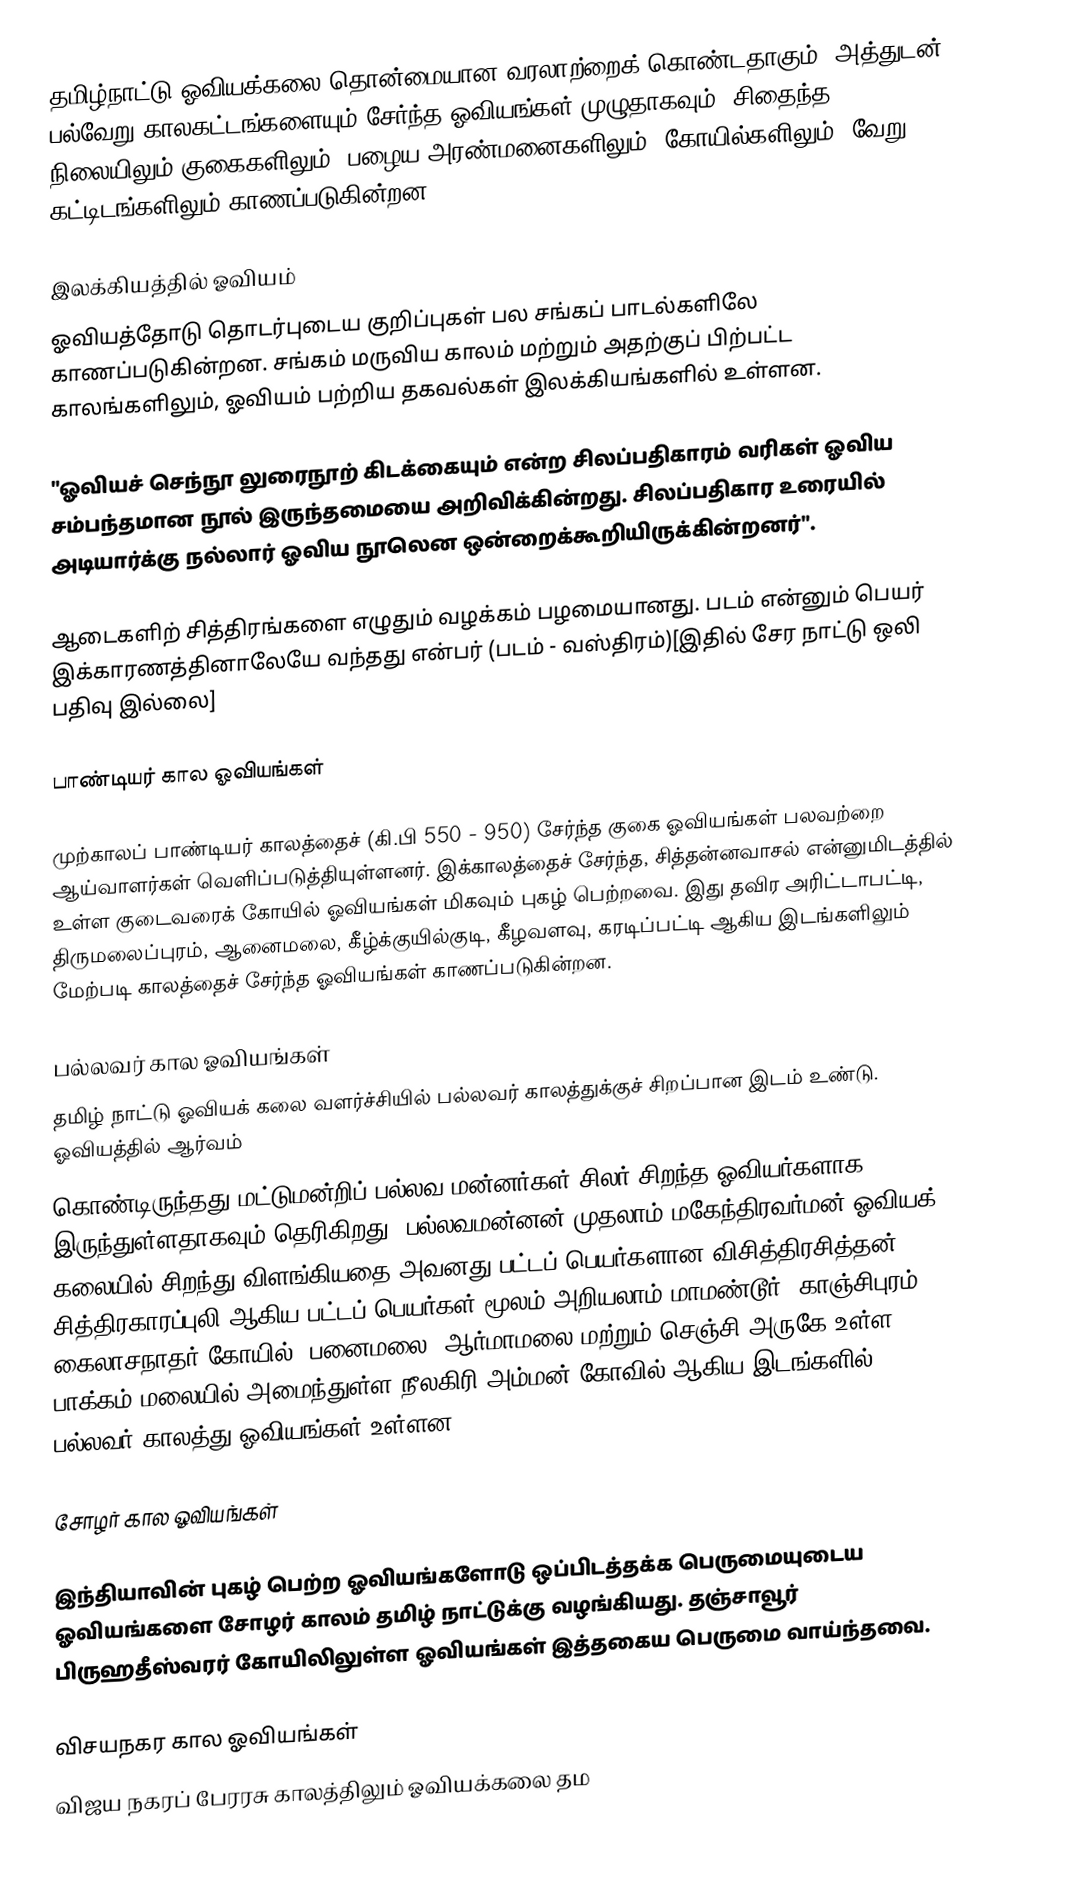
தமிழ்நாட்டு ஓவியக்கலை தொன்மையான வரலாற்றைக் கொண்டதாகும். அத்துடன் பல்வேறு காலகட்டங்களையும் சேர்ந்த ஓவியங்கள் முழுதாகவும், சிதைந்த நிலையிலும் குகைகளிலும், பழைய அரண்மனைகளிலும், கோயில்களிலும், வேறு கட்டிடங்களிலும் காணப்படுகின்றன.

இலக்கியத்தில் ஓவியம்
ஓவியத்தோடு தொடர்புடைய குறிப்புகள் பல சங்கப் பாடல்களிலே காணப்படுகின்றன. சங்கம் மருவிய காலம் மற்றும் அதற்குப் பிற்பட்ட காலங்களிலும், ஓவியம் பற்றிய தகவல்கள் இலக்கியங்களில் உள்ளன.

"ஓவியச் செந்நூ லுரைநூற் கிடக்கையும் என்ற சிலப்பதிகாரம் வரிகள் ஓவிய சம்பந்தமான நூல் இருந்தமையை அறிவிக்கின்றது. சிலப்பதிகார உரையில் அடியார்க்கு நல்லார் ஓவிய நூலென ஒன்றைக்கூறியிருக்கின்றனர்".

ஆடைகளிற் சித்திரங்களை எழுதும் வழக்கம் பழமையானது. படம் என்னும் பெயர் இக்காரணத்தினாலேயே வந்தது என்பர் (படம் - வஸ்திரம்)[இதில் சேர நாட்டு ஒலி பதிவு இல்லை]

பாண்டியர் கால ஓவியங்கள்

முற்காலப் பாண்டியர் காலத்தைச் (கி.பி 550 - 950) சேர்ந்த குகை ஓவியங்கள் பலவற்றை ஆய்வாளர்கள் வெளிப்படுத்தியுள்ளனர். இக்காலத்தைச் சேர்ந்த, சித்தன்னவாசல் என்னுமிடத்தில் உள்ள குடைவரைக் கோயில் ஓவியங்கள் மிகவும் புகழ் பெற்றவை. இது தவிர அரிட்டாபட்டி, திருமலைப்புரம், ஆனைமலை, கீழ்க்குயில்குடி, கீழவளவு, கரடிப்பட்டி ஆகிய இடங்களிலும் மேற்படி காலத்தைச் சேர்ந்த ஓவியங்கள் காணப்படுகின்றன.

பல்லவர் கால ஓவியங்கள்
தமிழ் நாட்டு ஓவியக் கலை வளர்ச்சியில் பல்லவர் காலத்துக்குச் சிறப்பான இடம் உண்டு. ஓவியத்தில் ஆர்வம்
கொண்டிருந்தது மட்டுமன்றிப் பல்லவ மன்னர்கள் சிலர் சிறந்த ஓவியர்களாக இருந்துள்ளதாகவும் தெரிகிறது. பல்லவமன்னன் முதலாம் மகேந்திரவர்மன் ஓவியக் கலையில் சிறந்து விளங்கியதை அவனது பட்டப் பெயர்களான விசித்திரசித்தன், சித்திரகாரப்புலி ஆகிய பட்டப் பெயர்கள் மூலம் அறியலாம்.மாமண்டூர், காஞ்சிபுரம் கைலாசநாதர் கோயில், பனைமலை, ஆர்மாமலை மற்றும் செஞ்சி அருகே உள்ள பாக்கம் மலையில் அமைந்துள்ள நீலகிரி அம்மன் கோவில் ஆகிய இடங்களில் பல்லவர் காலத்து ஓவியங்கள் உள்ளன.

சோழர் கால ஓவியங்கள்

இந்தியாவின் புகழ் பெற்ற ஓவியங்களோடு ஒப்பிடத்தக்க பெருமையுடைய ஓவியங்களை சோழர் காலம் தமிழ் நாட்டுக்கு வழங்கியது. தஞ்சாவூர் பிருஹதீஸ்வரர் கோயிலிலுள்ள ஓவியங்கள் இத்தகைய பெருமை வாய்ந்தவை.

விசயநகர கால ஓவியங்கள்
விஜய நகரப் பேரரசு காலத்திலும் ஓவியக்கலை தம